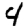
Digit: 4